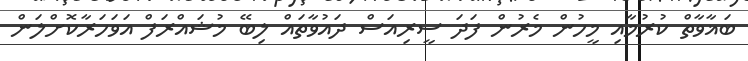
ބަޣާވާތް ކުރުމާއި މީހުން މެރުން ފަދަ ސީރިއަސް ދައުވާތައް ލިބޭ މުޝައްރަފް އަވަހަރާކޮށްލަން